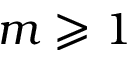
m \geqslant 1